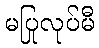
မပြုလုပ်မီ